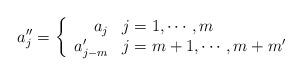
LaTeX: \begin{align*} a''_{j}=\left\{\begin{array}{rl}a_{j} & j=1,\cdots, m \\a'_{j-m} & j=m+1,\cdots, m+m' \\\end{array} \right.\end{align*}